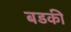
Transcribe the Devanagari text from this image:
बडकी